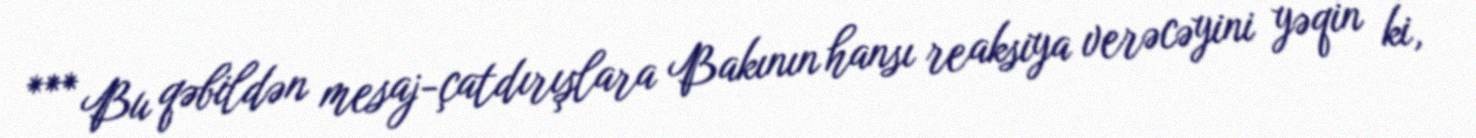
*** Bu qəbildən mesaj-çatdırışlara Bakının hansı reaksiya verəcəyini yəqin ki,